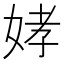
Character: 𫰪